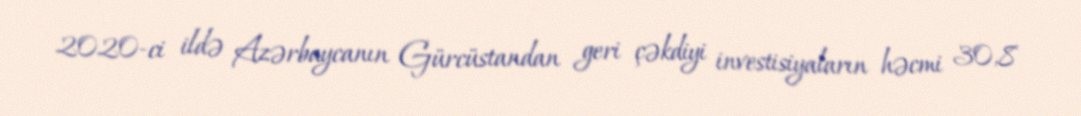
2020-ci ildə Azərbaycanın Gürcüstandan geri çəkdiyi investisiyaların həcmi 30,8